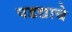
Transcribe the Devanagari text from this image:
पडद्याचे